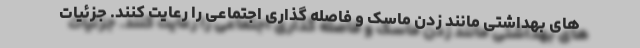
های بهداشتی مانند زدن ماسک و فاصله گذاری اجتماعی را رعایت کنند. جزئیات